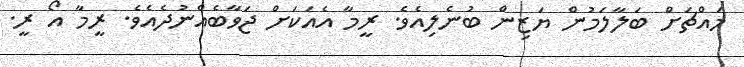
މައްޗަށް ބަލާލަމުން ޔަޒިން ބުނެލިއެވެ. ރީމާ އެއަކަށް ޖަވާބެއްނުދެއެވެ. ރީމާ އޯ ރީ.